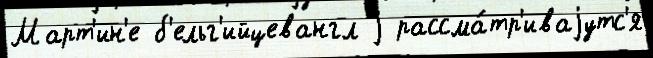
Март'ин'е б'ельг'ийцевангл j рассма́тр'иваjутс'я